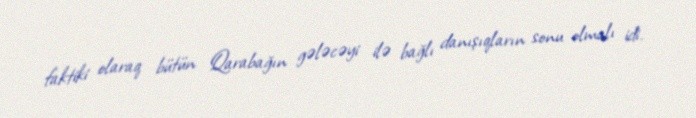
faktiki olaraq bütün Qarabağın gələcəyi ilə bağlı danışıqların sonu olmalı idi.